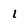
Character: l